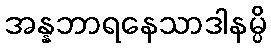
အန္နဘာရနေသာဒါနမ္ပိ